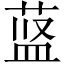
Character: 𱽷